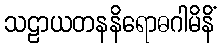
သဠာယတနနိရောဓဂါမိနိံ